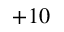
+ 1 0